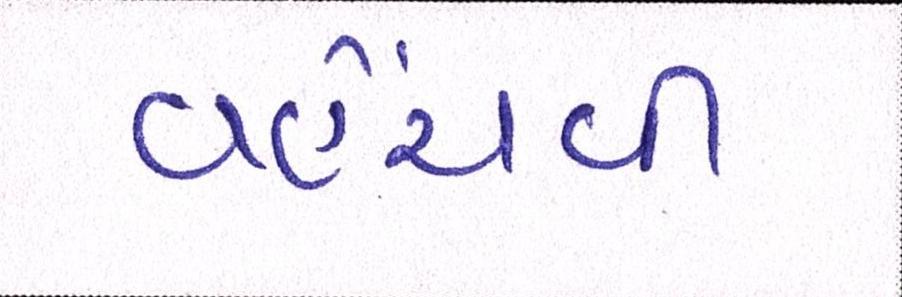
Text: વહેંચવી